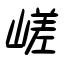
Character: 嵯